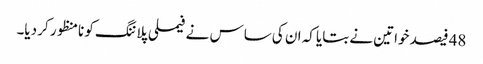
48 فیصد خواتین نے بتایا کہ ان کی ساس نے فیملی پلاننگ کو نامنظور کر دیا۔